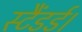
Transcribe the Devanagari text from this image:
स्टैंडर्ड।